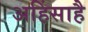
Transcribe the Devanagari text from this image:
अहिंसाहै